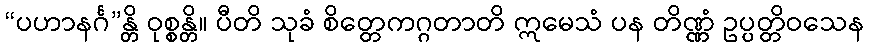
“ပဟာနင်္ဂ”န္တိ ဝုစ္စန္တိ။ ပီတိ သုခံ စိတ္တေကဂ္ဂတာတိ ဣမေသံ ပန တိဏ္ဏံ ဥပ္ပတ္တိဝသေန